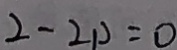
2 - 2 p = 0